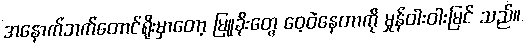
အနောက်ဘက်တောင်ရိုးမှာတော့ မြူခိုးတွေ ဝေ့ဝဲနေတာကို မှုန်ဝါးဝါးမြင် သည်။